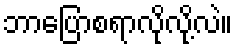
ဘာပြောစရာလိုလို့လဲ။